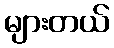
များတယ်